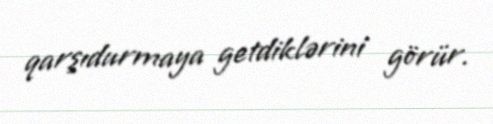
qarşıdurmaya getdiklərini görür.